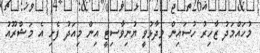
މުހައްމަދު ޒާހިރު ހުސައިން ވިދާޅުވީ ޔުނިވާސިޓީ އިން މިއަދު ފެށި އެ މަޝްރޫއު